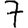
Digit: 7